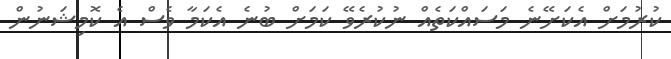
ކުރުމަށް އެކަށޭނެ މަސައްކަތެއް ނުކުރެވޭ ކަމަށް ބުނެ އެކަމާ ވެސް އެ ކޮމިޝަނުން